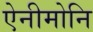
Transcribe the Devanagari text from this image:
ऐनीमोनि